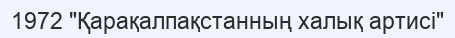
1972 "Қарақалпақстанның халық артисі"